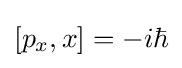
[p_{x},x]=-i\hbar